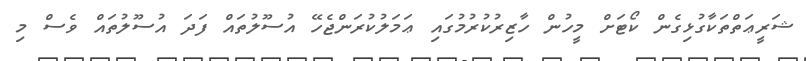
ޝަރީޢަތްތަކާގުޅިގެން ކޯޓަށް މީހުން ހާޒިރުކުރުމުގައި ޢަމަލުކުރަންޖެހޭ އުސޫލުތައް ފަދަ އުސޫލުތައް ވެސް މި